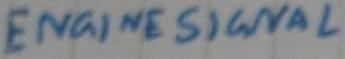
Text: ENGINE SIGNAL